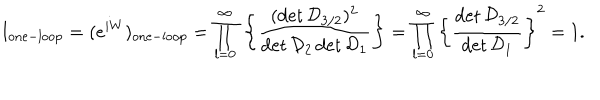
LaTeX: I _ { \mathrm { o n e - l o o p } } = ( e ^ { i W } ) _ { \mathrm { o n e - l o o p } } = \prod _ { l = 0 } ^ { \infty } { } \left\{ { \frac { ( \det { \cal D } _ { 3 / 2 } ) ^ { 2 } } { \det { \cal D } _ { 2 } \det { \cal D } _ { 1 } } } \right\} = \prod _ { l = 0 } ^ { \infty } { } \left\{ { \frac { \det { \cal D } _ { 3 / 2 } } { \det { \cal D } _ { 1 } } } \right\} ^ { 2 } = 1 .